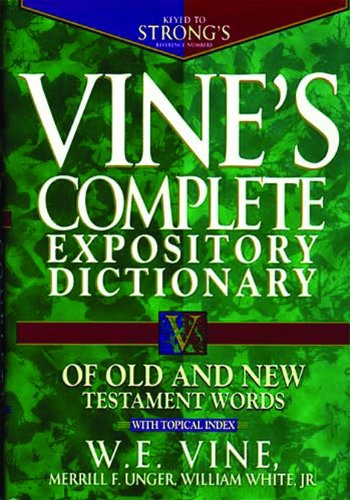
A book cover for Vine's Complete Expository Dictionary of Old and New Testament Words: With Topical Index (Word Study); W. E. Vine; Reference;